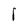
Character: I